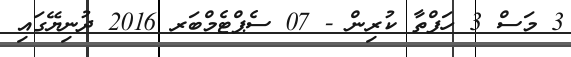
3 މަސް 3 ހަފްތާ ކުރިން - 07 ސެޕްޓެމްބަރ 2016 ދުނިޔޭގައި